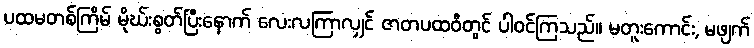
ပထမတစ်ကြိမ် မိုဃ်းစွတ်ပြီးနောက် လေးလကြာလျှင် ဇာတပထဝီတွင် ပါဝင်ကြသည်။ မတူးကောင်း, မဖျက်